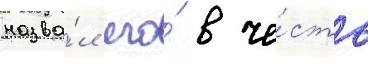
назва́л его́ в че́сть